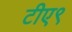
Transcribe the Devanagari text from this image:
टीए९